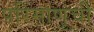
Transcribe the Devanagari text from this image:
परिंमाणूंची